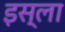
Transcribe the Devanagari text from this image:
इस्‍ला